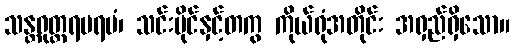
သန္တရုတ္တရပရမံ၊ သင်းပိုင်နှင့်တကွ ကိုယ်ရုံအတိုင်း အရှည်ရှိသော။